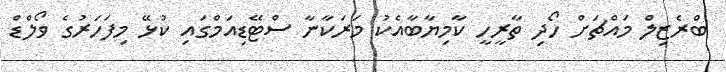
ބްރެޒިލް މައްޗަށް ހޯދި ތާރީހީ ކާމިޔާބާއެކު މަރަކާނާ ސްޓޭޑިއަމްގައި ކުޅޭ މިފަހަރުގެ ވޯލްޑް